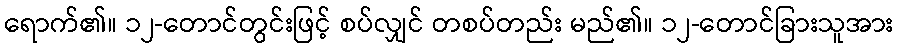
ရောက်၏။ ၁၂-တောင်တွင်းဖြင့် စပ်လျှင် တစပ်တည်း မည်၏။ ၁၂-တောင်ခြားသူအား